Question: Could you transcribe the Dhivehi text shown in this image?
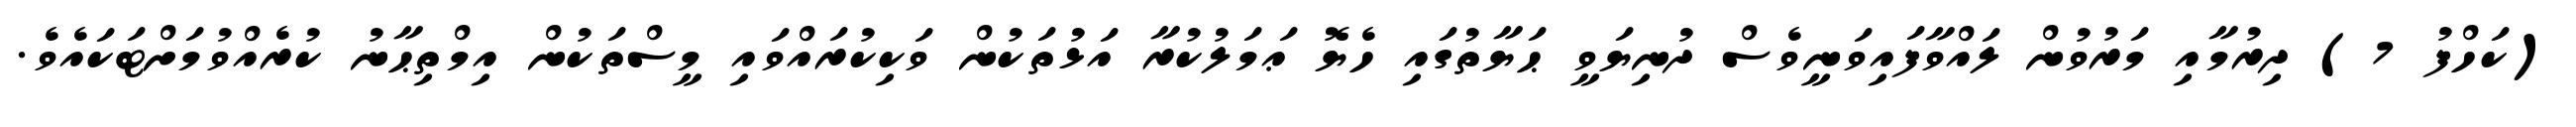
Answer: (ކަހްފު 7) ދިރުމާއި މަރުވުން ލައްވާފައިވަނީވެސް ދުނިޔަވީ ޙަޔާތުގައި ހެޔޮ ޢަމަލުކުރާ އަޅުތަކުން ވަކިކުރައްވައި މީސްތަކުން އިމްތިޙާނު ކުރެއްވުމަށްޓަކައެވެ.